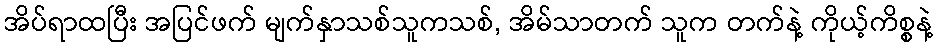
အိပ်ရာထပြီး အပြင်ဖက် မျက်နှာသစ်သူကသစ်, အိမ်သာတက် သူက တက်နဲ့ ကိုယ့်ကိစ္စနဲ့